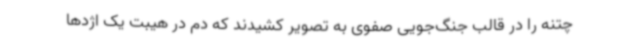
چتنه را در قالب جنگ‌جویی صفوی به تصویر کشیدند که دم در هیبت یک اژدها